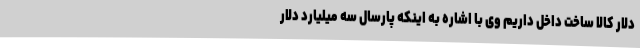
دلار کالا ساخت داخل داریم وی با اشاره به اینکه پارسال سه میلیارد دلار